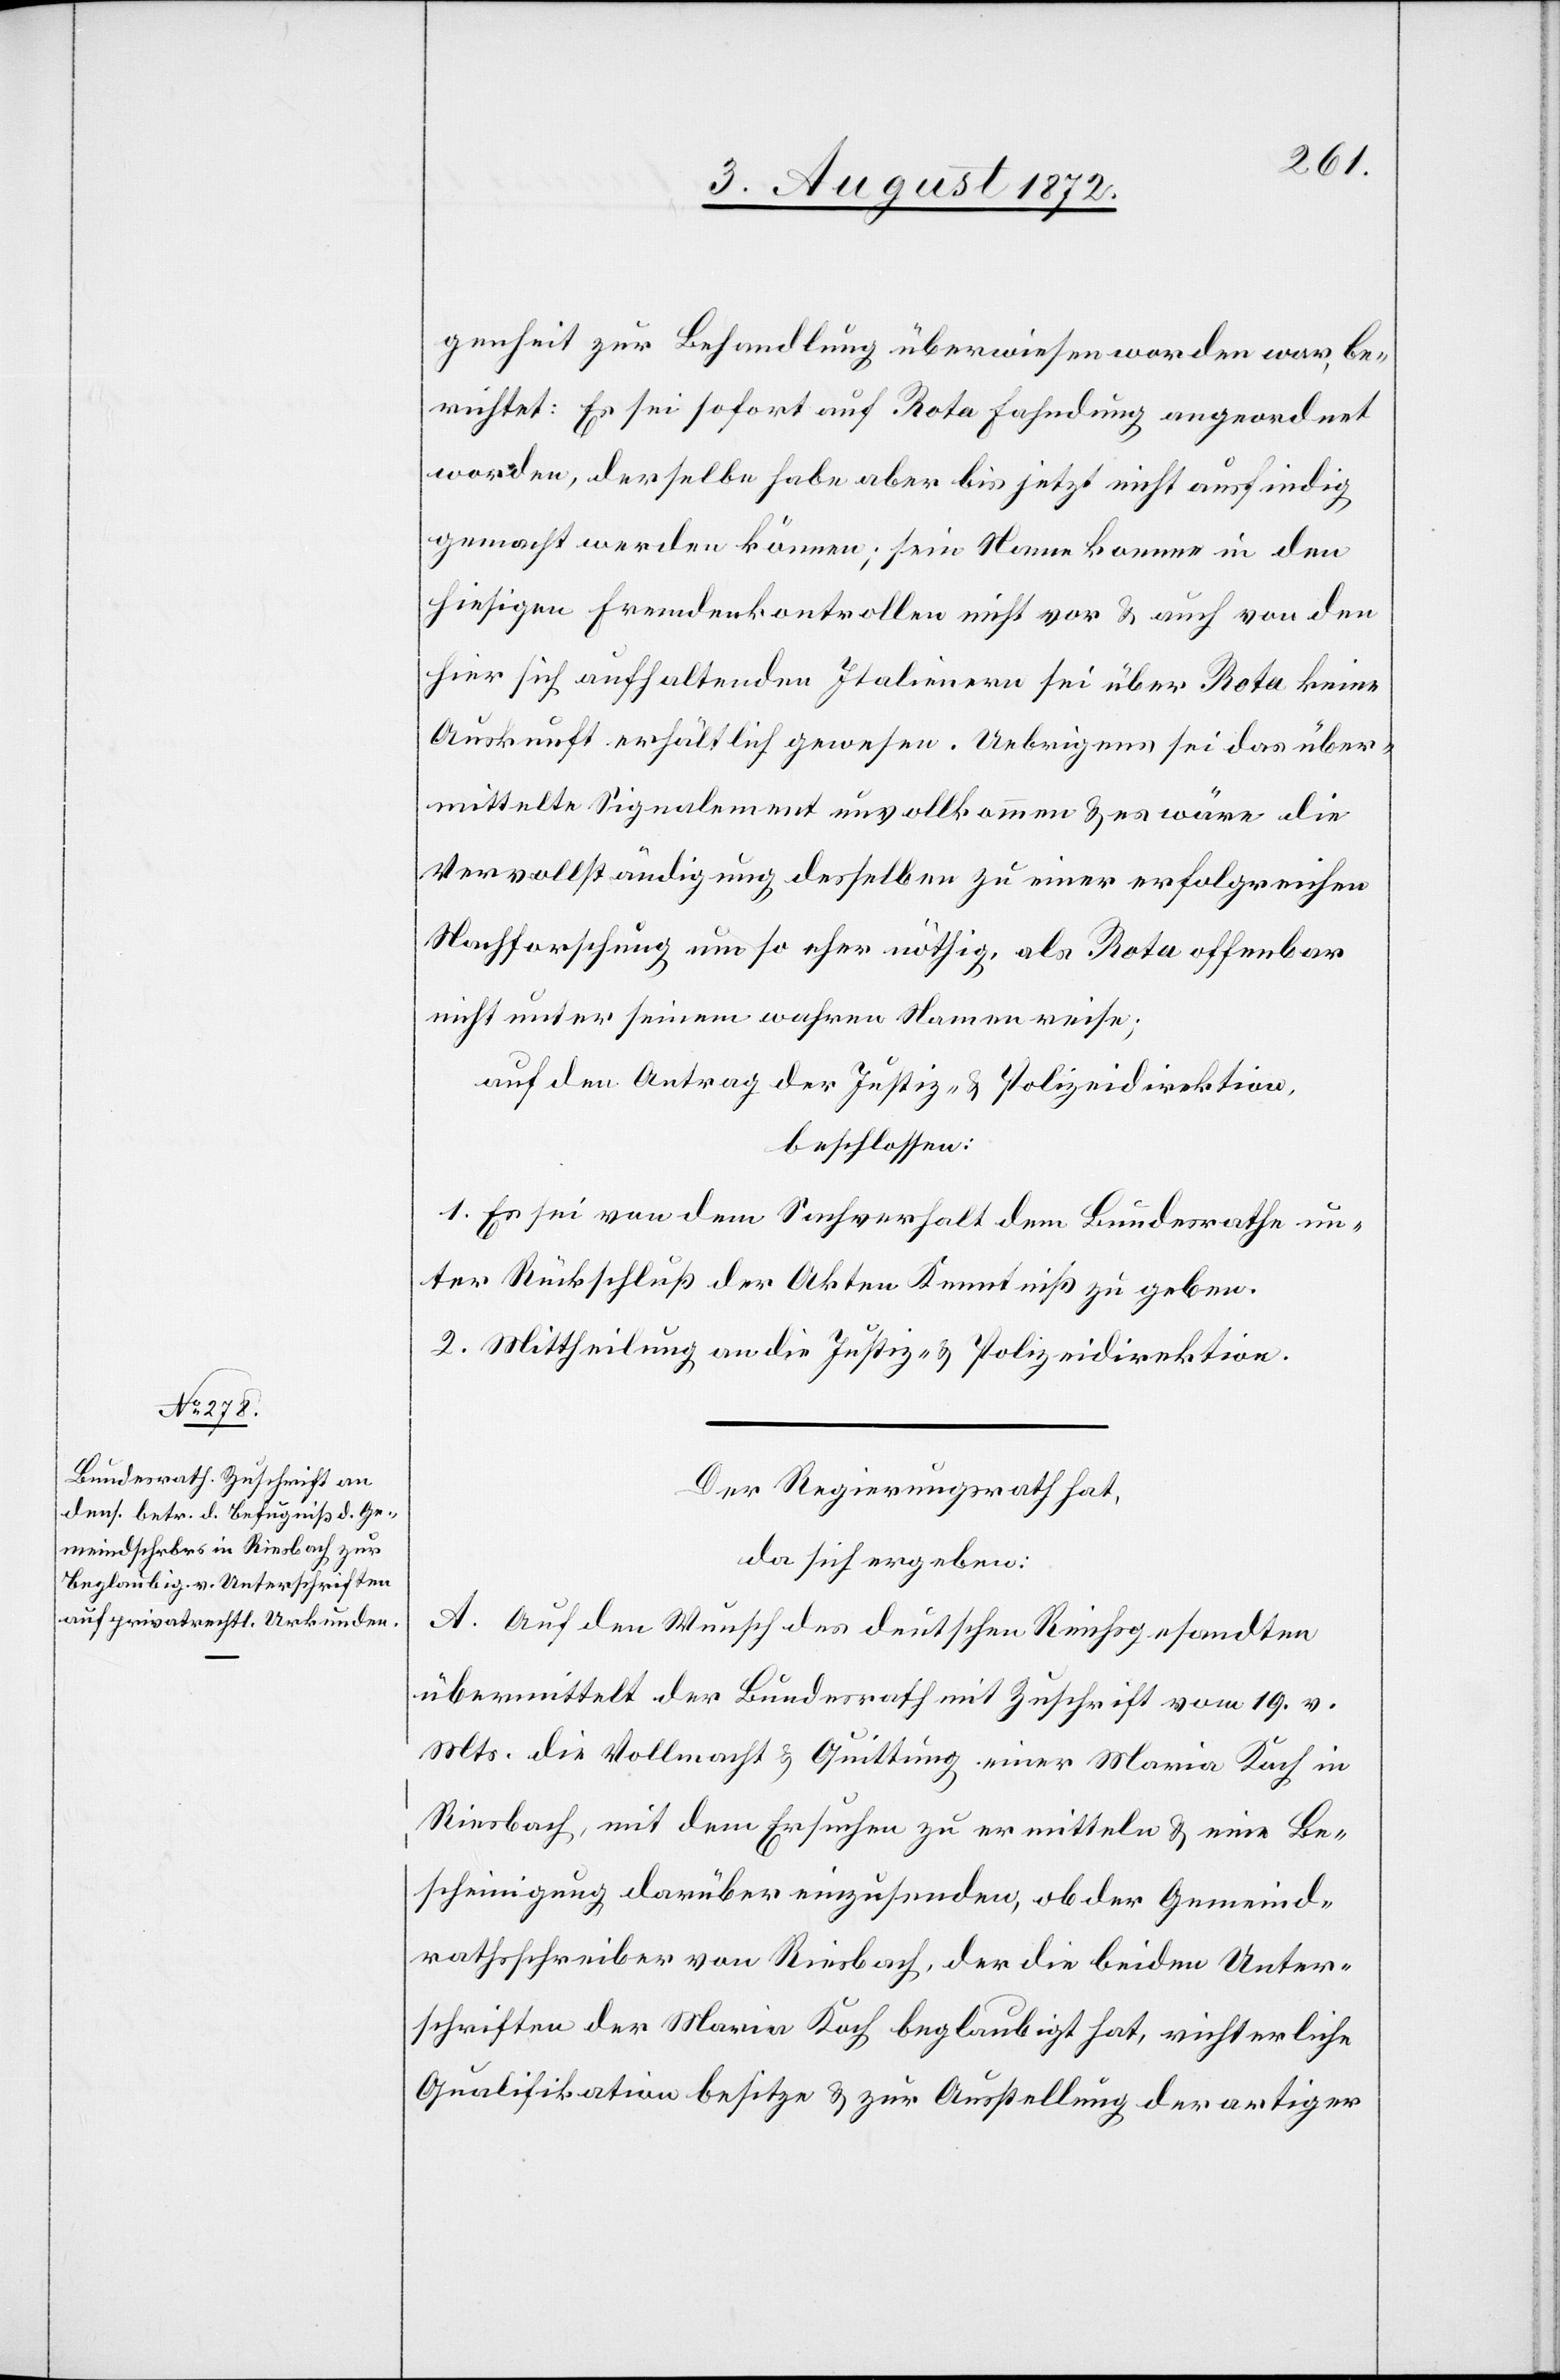
genheit zur Behandlung überwiesen worden war, be¬
richtet: Es sei sofort auf Rota Fahndung angeordnet
worden, derselbe habe aber bis jetzt nicht ausfindig
gemacht werden können; sein Name komme in den
hiesigen Fremdenkontrollen nicht vor u. auch von den
hier sich aufhaltenden Italienern sei über Rota keine
Auskunft erhältlich gewesen. Uebrigens sei das über¬
mittelte Signalement unvollkommen u. es wäre die
Vervollständigung desselben zu einer erfolgreichen
Nachforschung um so eher nöthig, als Rota offenbar
nicht unter seinem wahren Namen reise;
auf den Antrag der Justiz- u. Polizeidirektion,
beschlossen:
1. Es sei von dem Sachverhalt dem Bundesrathe un¬
ter Rückschluß der Akten Kenntniß zu geben.
2. Mittheilung an die Justiz- u. Polizeidirektion.
Der Regierungsrath hat,
da sich ergeben:
A. Auf den Wunsch des deutschen Reichsgesandten
übermittelt der Bundesrath mit Zuschrift vom 19. v.
Mts. die Vollmacht u. Quittung einer Maria Koch in
Riesbach, mit dem Ersuchen zu ermitteln u. eine Be¬
scheinigung darüber einzusenden, ob der Gemeind¬
rathsschreiber von Riesbach, der die beiden Unter¬
schriften der Maria Koch beglaubigt hat, richterliche
Qualifikation besitze u. zur Ausstellung derartiger